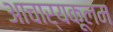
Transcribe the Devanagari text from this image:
आचार्यकूलम